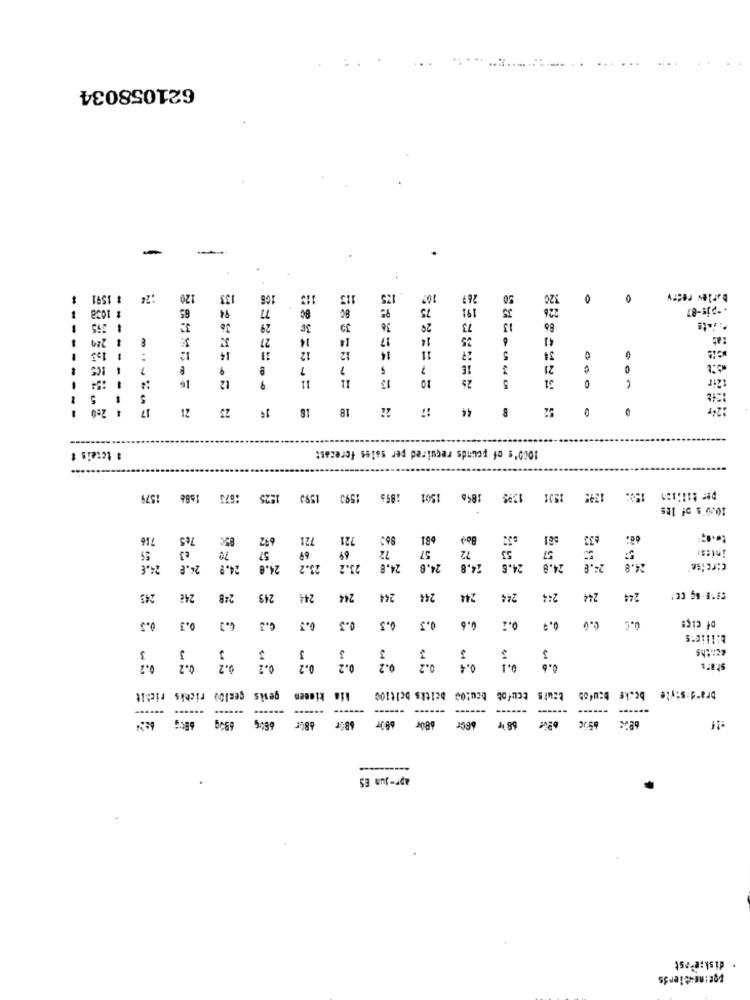
621058034
-
$ 1591
:24
120
133
106
113
113
175
267
50
20
0
0
barles resty
# 1038
65
94
77
8G
75
191
35
226
.- pj :- 87
29
3F
30
36
29
73
13
---
27
14
14
17
14
25
41
12
14
12
27
-
-
12
14
11
5
34
16
21
16
12
11
11
10
25
5
Zir
9
5
17
21
25
14
18
18
22
44
0
- -
- -
1000's of pounds required per sales forecast
1 totais #
1673 1688 1579
1525
1593
1593
1501
1385
1501
158: 1395
10.0's of IRE
716
7e5
8℃
692
721
721
59
€ 3
70
57
69
72
57
72
53
57
inizs.
23.2
24.8
24.8
24.º
24.8
28.2
24,8
24.6
24.8
24.6
24.8
25.8
24.8
245
24€
248
249
244
244
244
244
244
244
244
244
244
0.5
of cigs
0.3
c.J
0.3
0.3
0.5
0.3
0.6
0.4
cenths
3
3
3
3
3
3
0.2
0.2
0.2
0.2
0.2
0.2
0.4
ceci00 richks richit
genis
kineen
Leurs Ecufob
brand:style bc.kg
------
------
-----
68
apr-jun ES
disk:erst
porinEstlerds